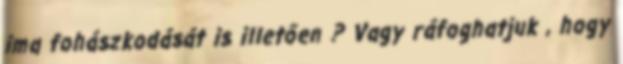
ima fohászkodását is illetően ? Vagy ráfoghatjuk , hogy